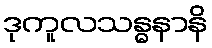
ဒုကူလသန္ဓနာနိ